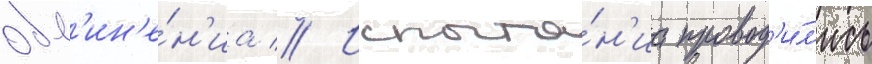
обв'ин'е́н'иа // Испыта́н'иа провод'и́л'ись